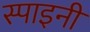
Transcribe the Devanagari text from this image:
स्पाइनी